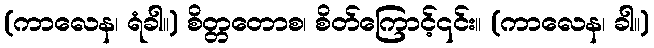
(ကာလေန၊ ရံခါ။) စိတ္တတောစ၊ စိတ်ကြောင့်၎င်း။ (ကာလေန၊ ခါ။)